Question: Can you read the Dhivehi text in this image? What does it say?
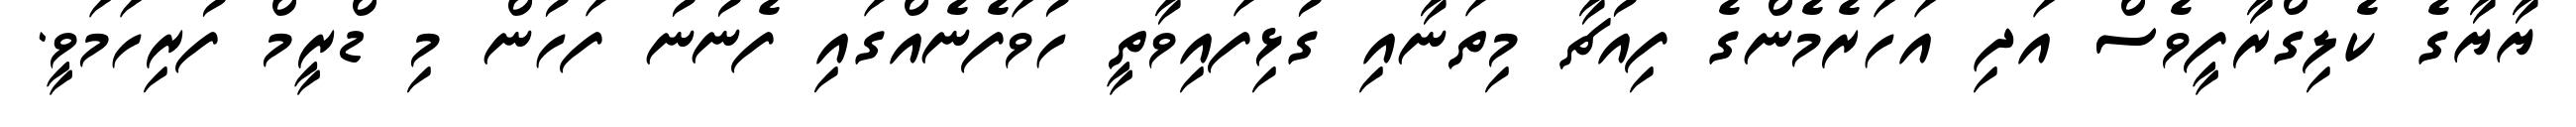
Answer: ޔާޔާގެ ކެލިގްރާފީވެސް އަދި އަހަރެމެންގެ ފިއުޗާ މިތަނާއި ގުޅިފައިވާތީ ހުވަފެނެއްގައި ފެނުނު ފަހުން މި ޑްރީމް ފުރިހަމަވީ.